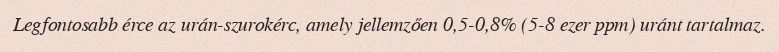
Legfontosabb érce az urán-szurokérc, amely jellemzően 0,5-0,8% (5-8 ezer ppm) uránt tartalmaz.